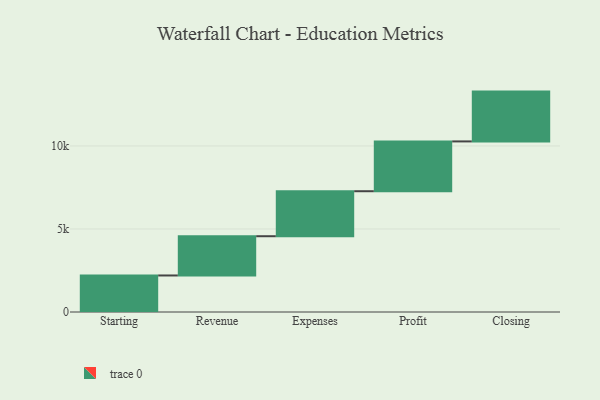
{"axis": {"x": "Step", "y": "Value"}, "legend": [""], "data": [{"x": "Starting", "y": 2200.0, "type": ""}, {"x": "Revenue", "y": 2364.0, "type": ""}, {"x": "Expenses", "y": 2710.0, "type": ""}, {"x": "Profit", "y": 3000, "type": ""}, {"x": "Closing", "y": 3000, "type": ""}]}